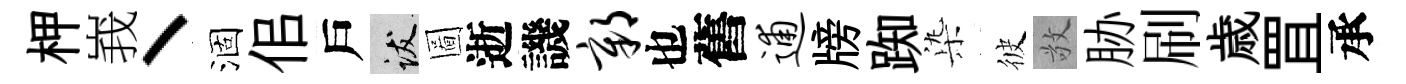
柙峩丶涸佀戶跋圖逝譏鄣也舊逋牓踟𣑱彼敬胁刷歳罝承